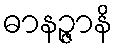
ဓာနဉ္ဇာနိ